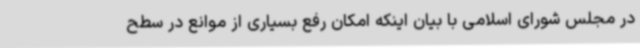
در مجلس شورای اسلامی با بیان اینکه امکان رفع بسیاری از موانع در سطح